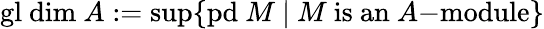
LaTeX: {\mathrm{gl~dim~}}A:=\operatorname*{sup}\{ {\mathrm{pd~}}M{\mathrm{~}}|{\mathrm{~}}M{\mathrm{~is~an~}}A{\mathrm{-module}}\}